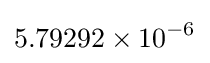
5.79292\times 10^{-6}